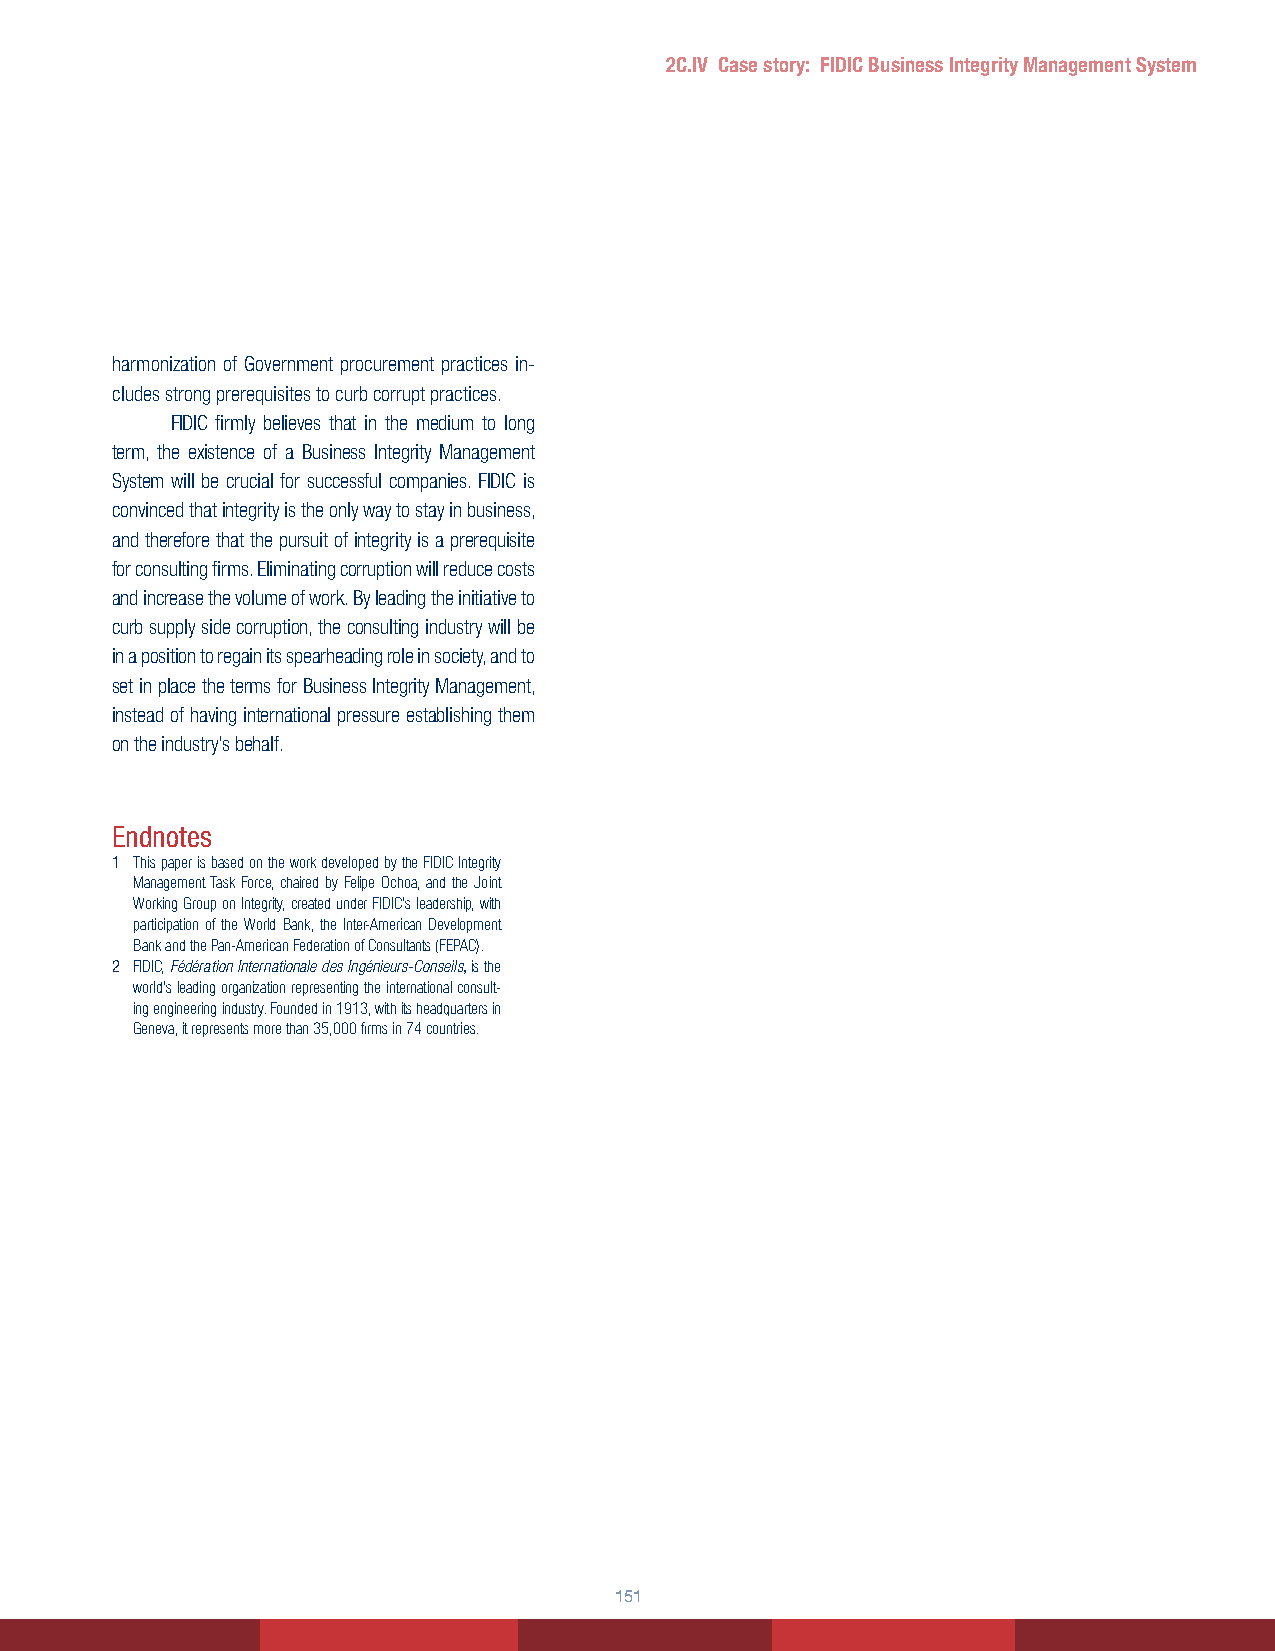
2C.IV Case story: FIDIC Business Integrity Management System
 harmonization of Government procurement practices in-
 cludes strong prerequisites to curb corrupt practices.
 FIDIC firmly believes that in the medium to long
 term, the existence of a Business Integrity Management
 System will be crucial for successful companies. FIDIC is
 convinced that integrity is the only way to stay in business,
 and therefore that the pursuit of integrity is a prerequisite
 for consulting firms. Eliminating corruption will reduce costs
 and increase the volume of work. By leading the initiative to
 curb supply side corruption, the consulting industry will be
 in a position to regain its spearheading role in society, and to
 set in place the terms for Business Integrity Management,
 instead of having international pressure establishing them
 on the industry’s behalf.
 Endnotes
 1 This paper is based on the work developed by the FIDIC Integrity
 Management Task Force, chaired by Felipe Ochoa, and the Joint
 Working Group on Integrity, created under FIDIC’s leadership, with
 participation of the World Bank, the Inter-American Development
 Bank and the Pan-American Federation of Consultants (FEPAC).
 2 FIDIC, Fédération Internationale des Ingénieurs-Conseils, is the
 world’s leading organization representing the international consult-
 ing engineering industry. Founded in 1913, with its headquarters in
 Geneva, it represents more than 35,000 firms in 74 countries.
 151